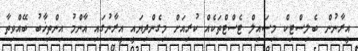
އީރާނުން ބެލިސްޓިކް މިސައިލް ޓެސްޓްތަކެއް ކުރިއަށް މިގެންދިޔައީ އީރާނުގައި އާންމު އިންތިޚާބު ބޭއްވިތާ